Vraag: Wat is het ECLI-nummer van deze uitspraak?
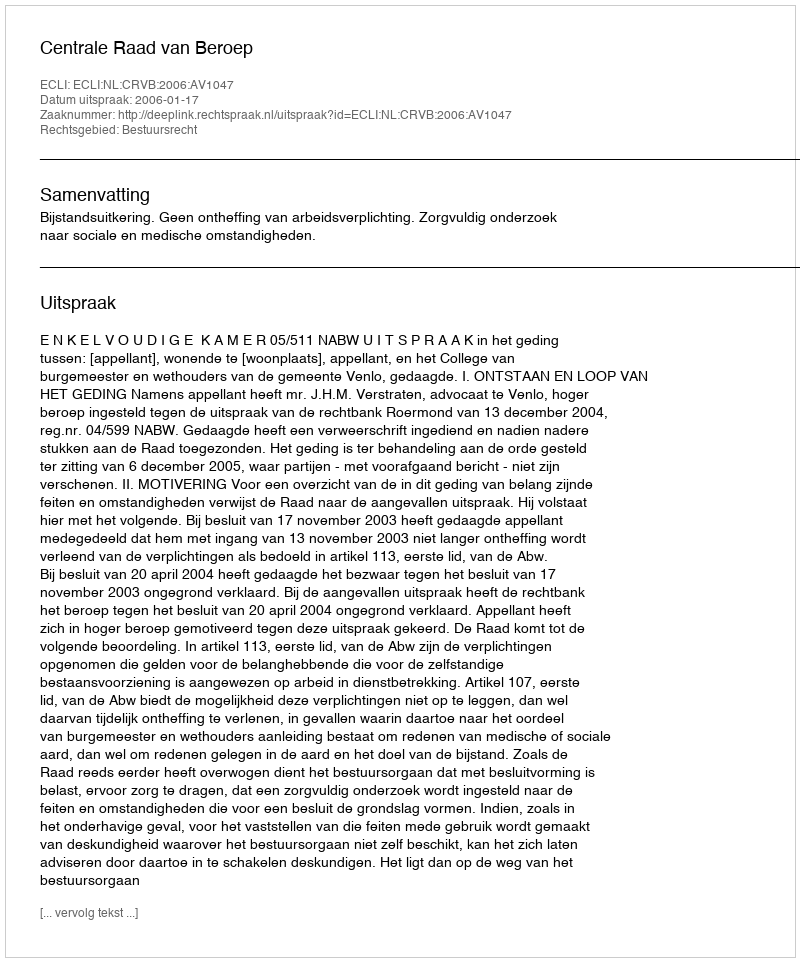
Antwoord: ECLI:NL:CRVB:2006:AV1047